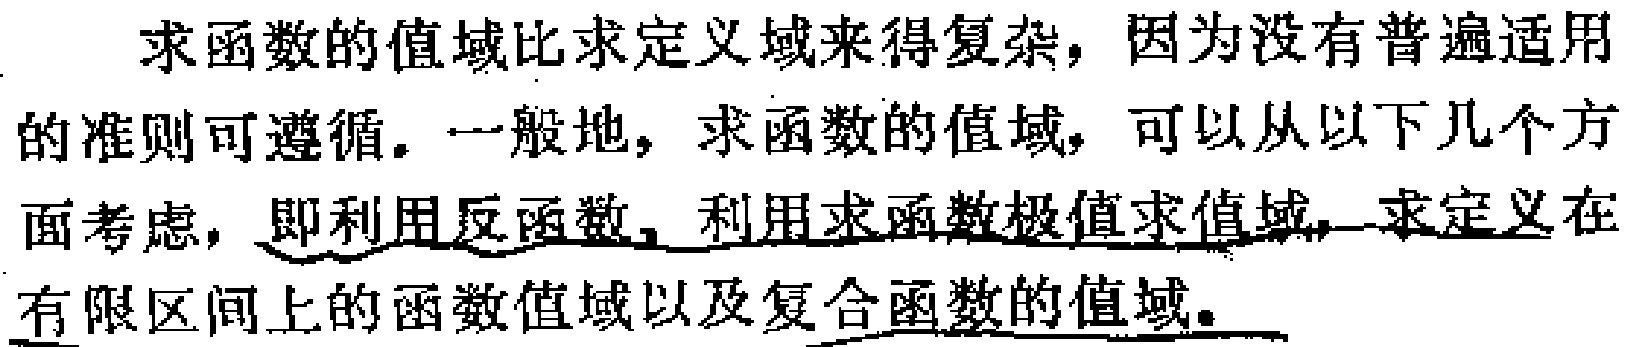
求函数的值域比求定义域来得复杂，因为没有普遍适用的准则可遵循。一般地，求函数的值域，可以从以下几个方面考虑，即利用反函数, 利用求函数极值求值域, 求定义在有限区间上的函数值域以及复合函数的值域。